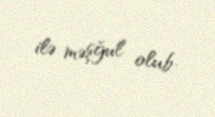
ilə məşğul olub.